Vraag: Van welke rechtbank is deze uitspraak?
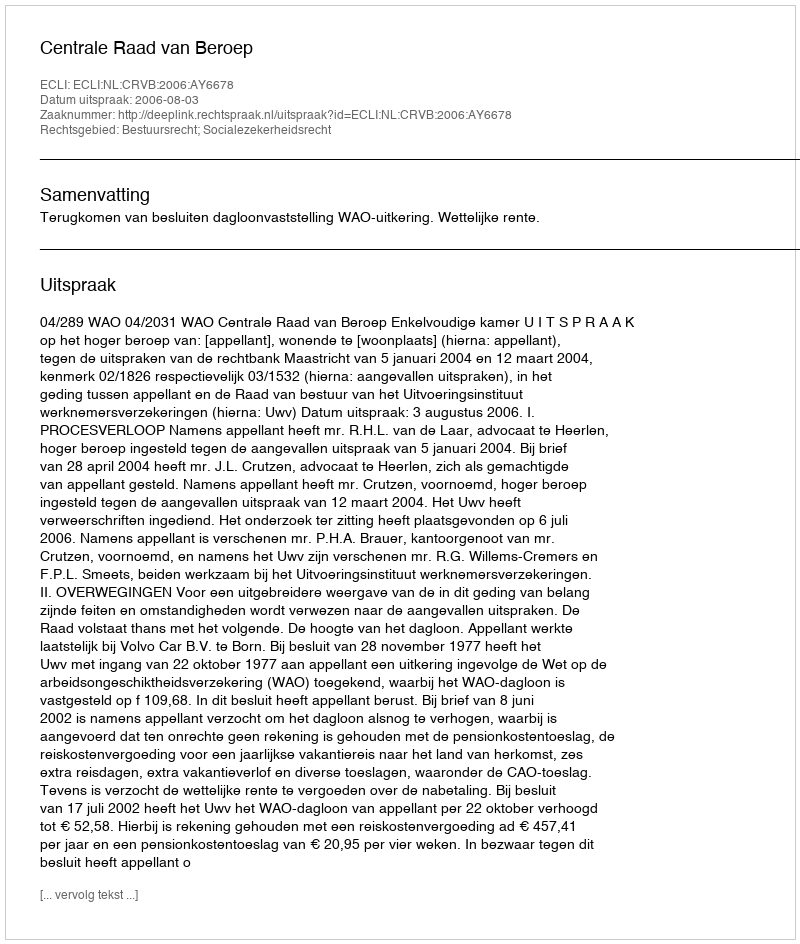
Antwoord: Centrale Raad van Beroep